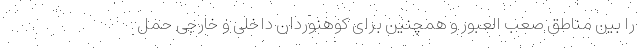
را بین مناطق صعب العبور و همچنین برای کوهنوردان داخلی و خارجی حمل